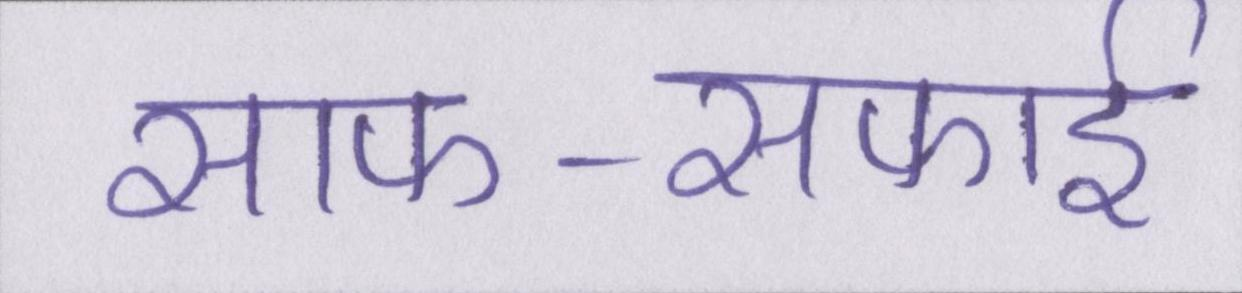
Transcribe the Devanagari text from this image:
साफ-सफाई